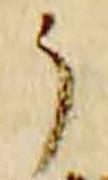
了